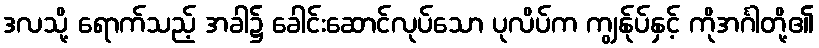
ဒလသို့ ရောက်သည့် အခါ၌ ခေါင်းဆောင်လုပ်သော ပုလိပ်က ကျွန်ုပ်နှင့် ကိုအင်္ဂါတို့၏